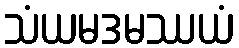
သံယမဒမဿယံ